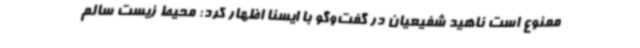
ممنوع است ناهید شفیعیان در گفت‌وگو با ایسنا اظهار کرد: محیط زیست سالم